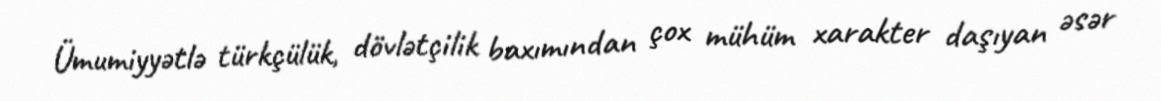
Ümumiyyətlə türkçülük, dövlətçilik baxımından çox mühüm xarakter daşıyan əsər